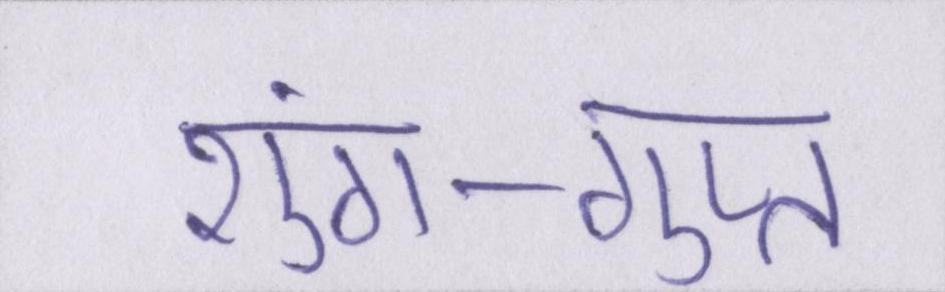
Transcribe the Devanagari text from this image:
शुंग-गुप्त